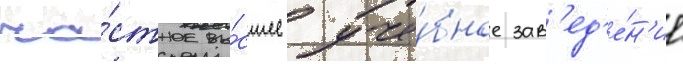
ча́стное вы́сшее уче́бное зав'ед'е́н'ие